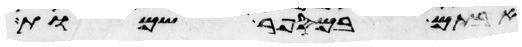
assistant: אבותם במספר שמות